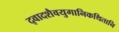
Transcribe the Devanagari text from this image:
द्वादशैवयुगानिकथितानि